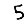
Digit: 5